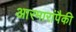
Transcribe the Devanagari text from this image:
आरमारांपैकी